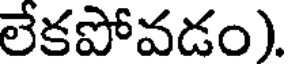
లేకపోవడం).